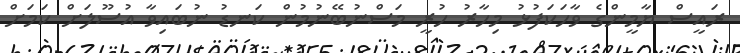
ރައީސް ޔާމީންގެ ވާހަކަފުޅު މިހާރު ހުރީ މަސްނުބޭނުމުން ކަނޑު ނުބައިވާ އުސޫލަށް ކަމަށް